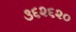
૩૬૨૬૨૦